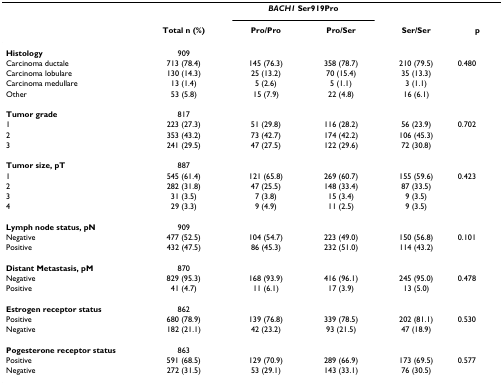
<table><thead><tr><td></td><td></td><td colspan="2"><b><i>BACH1 </i>Ser919Pro</b></td><td></td><td></td></tr><tr><td></td><td><b>Total n (%)</b></td><td><b>Pro/Pro</b></td><td><b>Pro/Ser</b></td><td><b>Ser/Ser</b></td><td><b>p</b></td></tr></thead><tbody><tr><td><b>Histology</b></td><td>909</td><td></td><td></td><td></td><td></td></tr><tr><td>Carcinoma ductale</td><td>713 (78.4)</td><td>145 (76.3)</td><td>358 (78.7)</td><td>210 (79.5)</td><td>0.480</td></tr><tr><td>Carcinoma lobulare</td><td>130 (14.3)</td><td>25 (13.2)</td><td>70 (15.4)</td><td>35 (13.3)</td><td></td></tr><tr><td>Carcinoma medullare</td><td>13 (1.4)</td><td>5 (2.6)</td><td>5 (1.1)</td><td>3 (1.1)</td><td></td></tr><tr><td>Other</td><td>53 (5.8)</td><td>15 (7.9)</td><td>22 (4.8)</td><td>16 (6.1)</td><td></td></tr><tr><td><b>Tumor grade</b></td><td>817</td><td></td><td></td><td></td><td></td></tr><tr><td>1</td><td>223 (27.3)</td><td>51 (29.8)</td><td>116 (28.2)</td><td>56 (23.9)</td><td>0.702</td></tr><tr><td>2</td><td>353 (43.2)</td><td>73 (42.7)</td><td>174 (42.2)</td><td>106 (45.3)</td><td></td></tr><tr><td>3</td><td>241 (29.5)</td><td>47 (27.5)</td><td>122 (29.6)</td><td>72 (30.8)</td><td></td></tr><tr><td><b>Tumor size, pT</b></td><td>887</td><td></td><td></td><td></td><td></td></tr><tr><td>1</td><td>545 (61.4)</td><td>121 (65.8)</td><td>269 (60.7)</td><td>155 (59.6)</td><td>0.423</td></tr><tr><td>2</td><td>282 (31.8)</td><td>47 (25.5)</td><td>148 (33.4)</td><td>87 (33.5)</td><td></td></tr><tr><td>3</td><td>31 (3.5)</td><td>7 (3.8)</td><td>15 (3.4)</td><td>9 (3.5)</td><td></td></tr><tr><td>4</td><td>29 (3.3)</td><td>9 (4.9)</td><td>11 (2.5)</td><td>9 (3.5)</td><td></td></tr><tr><td><b>Lymph node status, pN</b></td><td>909</td><td></td><td></td><td></td><td></td></tr><tr><td>Negative</td><td>477 (52.5)</td><td>104 (54.7)</td><td>223 (49.0)</td><td>150 (56.8)</td><td>0.101</td></tr><tr><td>Positive</td><td>432 (47.5)</td><td>86 (45.3)</td><td>232 (51.0)</td><td>114 (43.2)</td><td></td></tr><tr><td><b>Distant Metastasis, pM</b></td><td>870</td><td></td><td></td><td></td><td></td></tr><tr><td>Negative</td><td>829 (95.3)</td><td>168 (93.9)</td><td>416 (96.1)</td><td>245 (95.0)</td><td>0.478</td></tr><tr><td>Positive</td><td>41 (4.7)</td><td>11 (6.1)</td><td>17 (3.9)</td><td>13 (5.0)</td><td></td></tr><tr><td><b>Estrogen receptor status</b></td><td>862</td><td></td><td></td><td></td><td></td></tr><tr><td>Positive</td><td>680 (78.9)</td><td>139 (76.8)</td><td>339 (78.5)</td><td>202 (81.1)</td><td>0.530</td></tr><tr><td>Negative</td><td>182 (21.1)</td><td>42 (23.2)</td><td>93 (21.5)</td><td>47 (18.9)</td><td></td></tr><tr><td><b>Pogesterone receptor status</b></td><td>863</td><td></td><td></td><td></td><td></td></tr><tr><td>Positive</td><td>591 (68.5)</td><td>129 (70.9)</td><td>289 (66.9)</td><td>173 (69.5)</td><td>0.577</td></tr><tr><td>Negative</td><td>272 (31.5)</td><td>53 (29.1)</td><td>143 (33.1)</td><td>76 (30.5)</td><td></td></tr></tbody></table>